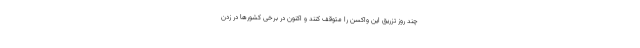
چند روز تزریق این واکسن را متوقف کنند و اکنون در برخی کشورها در زدن